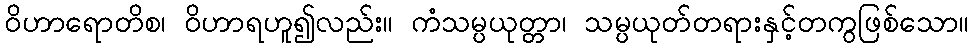
ဝိဟာရောတိစ၊ ဝိဟာရဟူ၍လည်း။ ကံသမ္ပယုတ္တာ၊ သမ္ပယုတ်တရားနှင့်တကွဖြစ်သော။